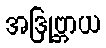
အဒြုဗ္ဘာယ